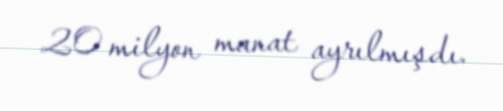
20 milyon manat ayrılmışdı.